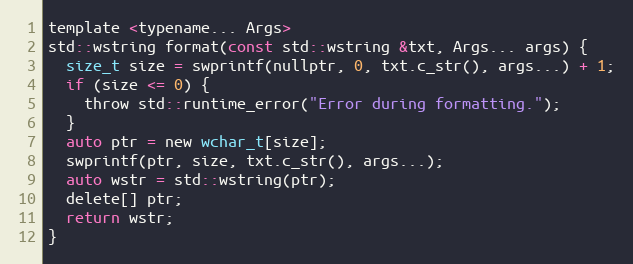
Language: C
template <typename... Args>
std::wstring format(const std::wstring &txt, Args... args) {
  size_t size = swprintf(nullptr, 0, txt.c_str(), args...) + 1;
  if (size <= 0) {
    throw std::runtime_error("Error during formatting.");
  }
  auto ptr = new wchar_t[size];
  swprintf(ptr, size, txt.c_str(), args...);
  auto wstr = std::wstring(ptr);
  delete[] ptr;
  return wstr;
}